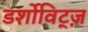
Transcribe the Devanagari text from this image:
डर्शोविट्ज़